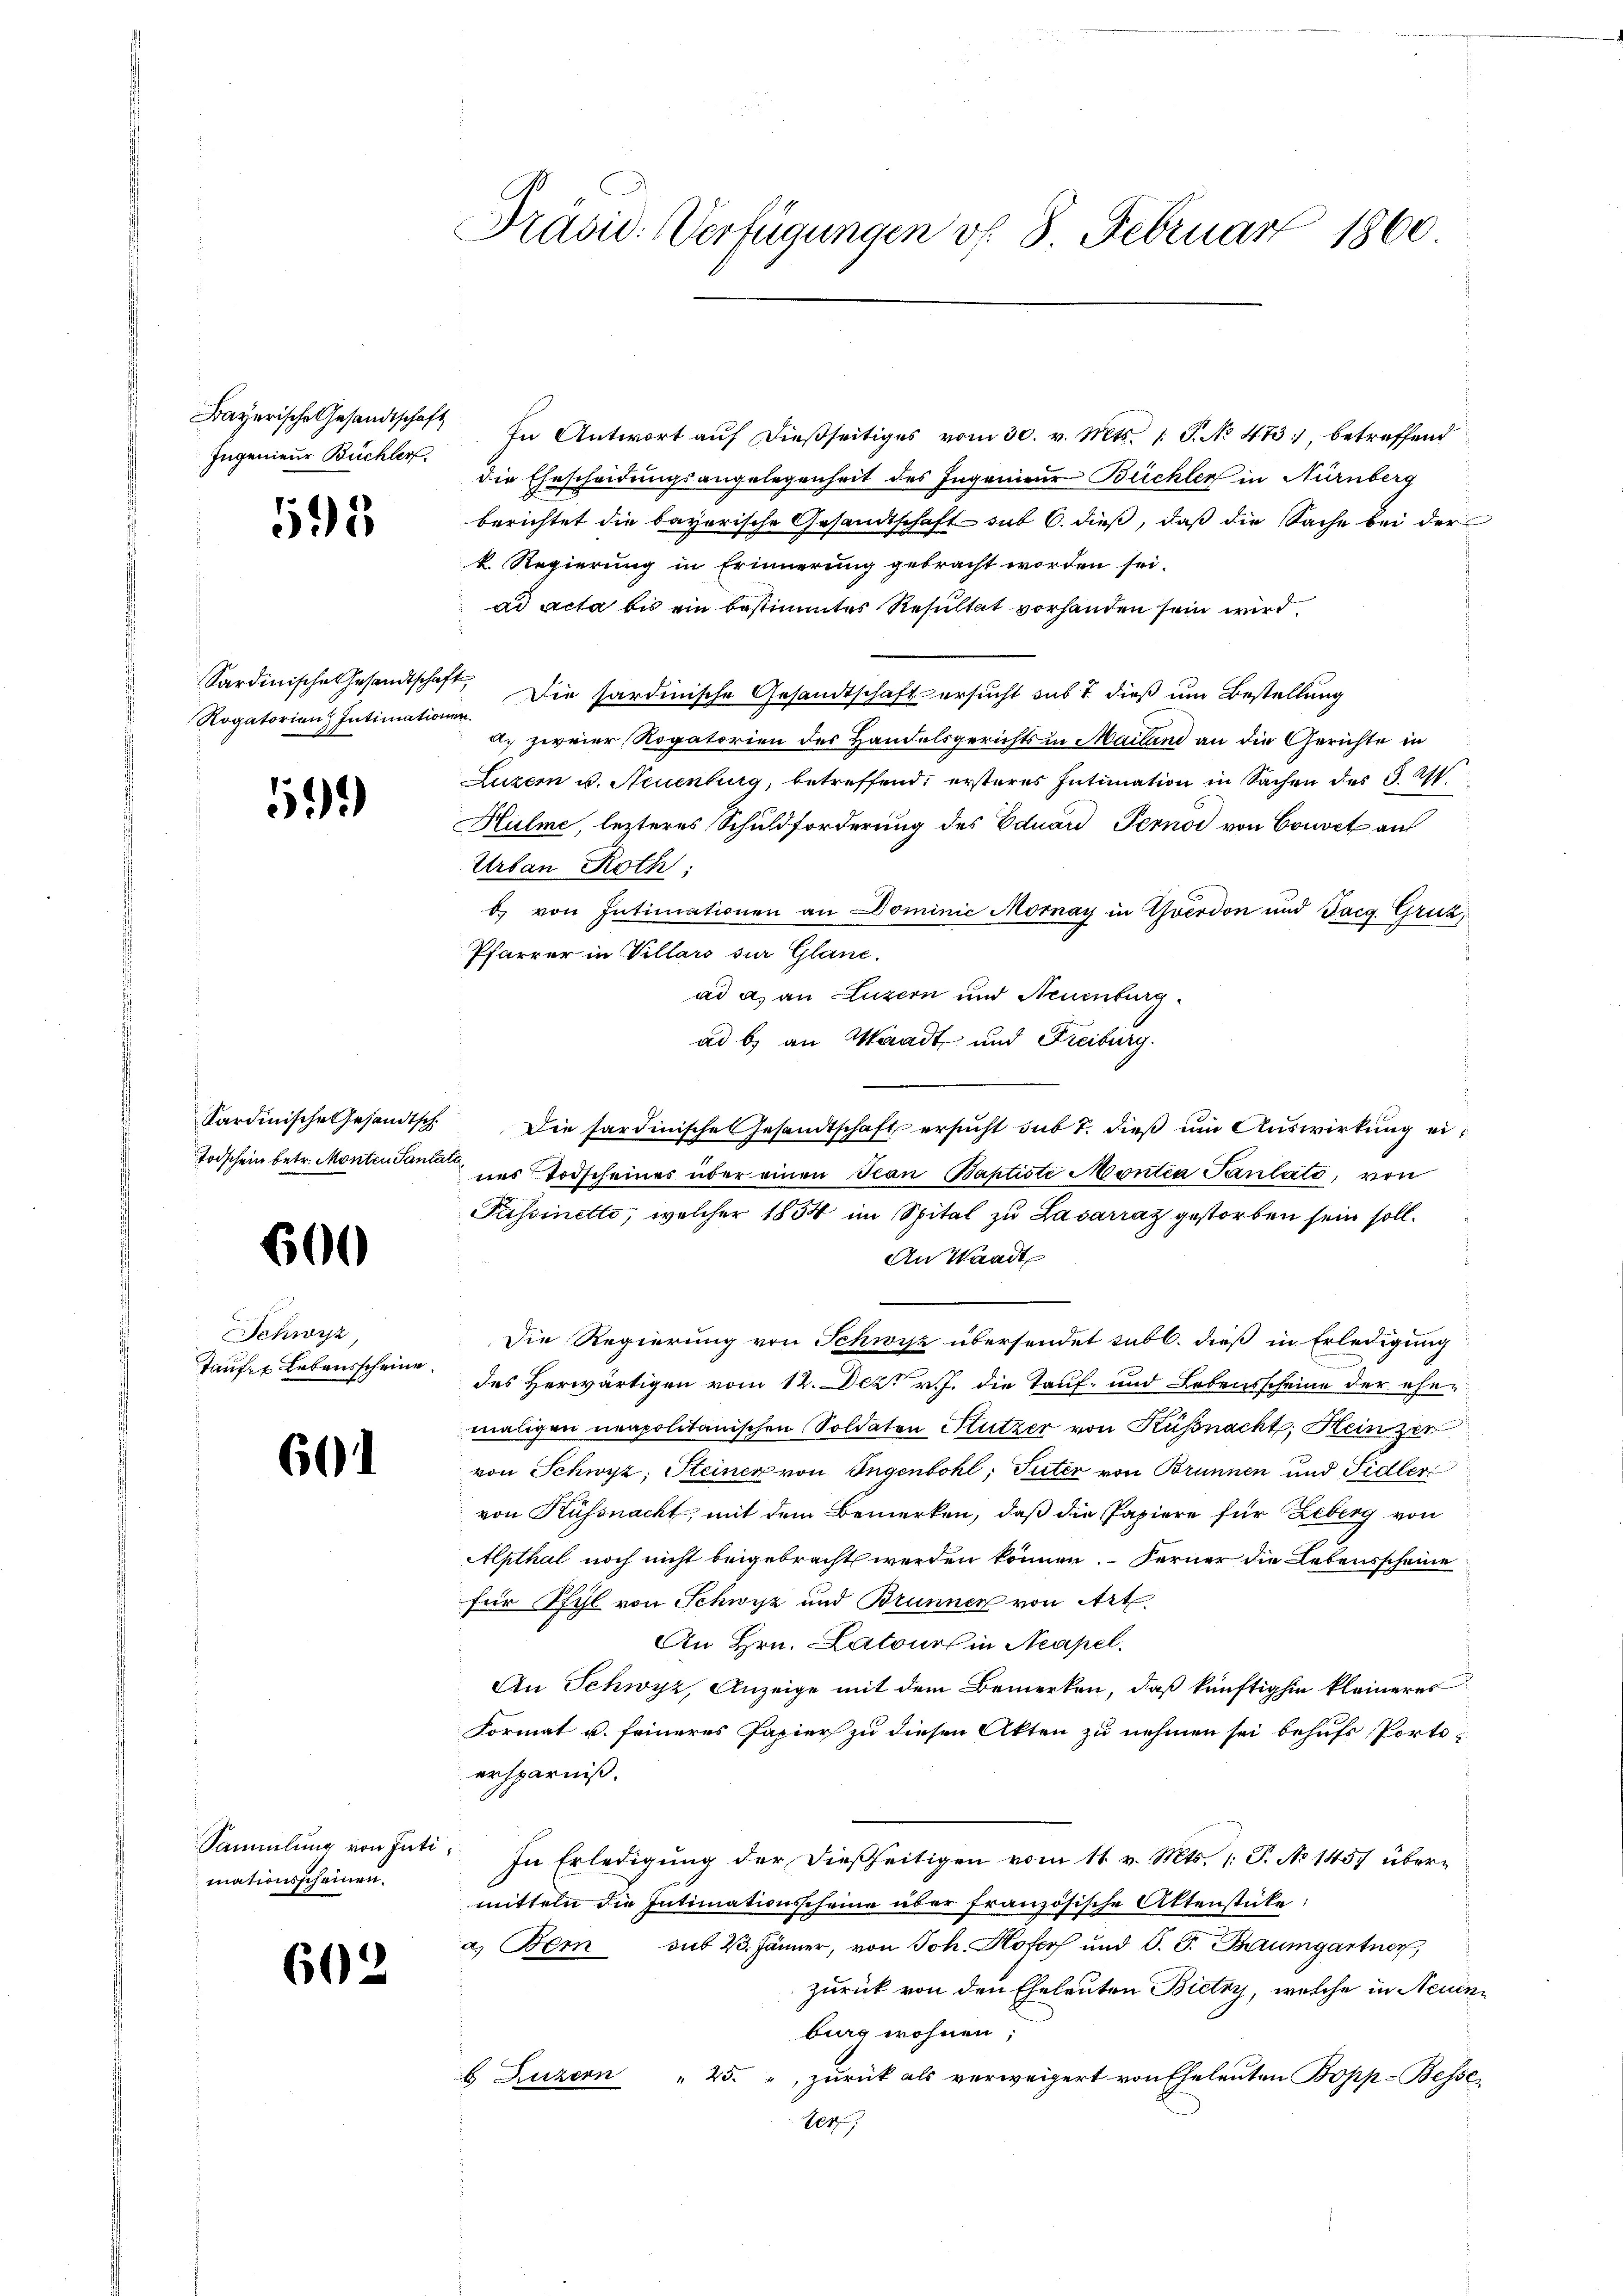
Ingenieur Büchler.

595

Sardinische Gesandtschaft,
Rogatorien Intimationen.

52)

600

Schwyz
Taufs Lebensscheine

601

mationsscheinen.

602

Präsid. Verfügungen v. 8. Februar 1860.

Bayerische Gesandtschaft In Antwort aŭf dießseitiges vom 30. v. Mts. 1. P. No 473, betreffend
die Ehescheidungsangelegenheit des Ingenieur Büchler in Nürnberg
berichtet die bayerische Gesandtschaft sub 6. dieß, daß die Sache bei der
k. Regierung in Erinnerung gebracht worden sei.
ad Acta bis ein bestimmtes Resultat vorhanden sein wird.
Die hardinische Gesandtschaft ersucht sub 7 dieß um Bestellung
a. zweier, Rogatorien des Handelsgerichts in Mailand an die Gerichte in
Luzern u. Neuenburg, betreffend, ersteres Intimation in Sachen des G. A
Hulme, lezteres Schuldforderung des Eduard Pernoc von Couvet au
Urban Roth;
b) von Intimationen an Dominić Mornay in Yverdon und Tacg. Gruz
Pfarrer in Villars zur Glane.
ad a) an Luzern und Neuenburg.
ad b) an Waadt und Freiburg.
Sardinische Gesandtsch. Die sardinische Gesandtschaft ersŭcht sub 7. dieβ ŭm Aŭswirkŭng ei¬
Todschein betr. Montendant des Todscheines über einen Jean Baptiste Montea Paulato, von
Passinetto, welcher 1854 im Spital zu Lasarraz gestorben sein soll.
An Waadt
Die Regierung von Schwisz übersendet subl. dieß in Erledigung
des Herwärtigen vom 12. Dez. v. J. die Tauf- und Lebensscheine der ehemaligen neapolitanischen Soldaten Stutzer von Küssnacht, Heinzer
von Schwyz, Steiner von Ingenbohl, Suter von Brunnen und Sidler
von Küssnacht, mit dem Bemerken, daß die Papiere für Leberg von
Alpthal noch nicht beigebracht werden können. Ferner die Lebensscheine
für Pfel von Schwyz und Brunner von Art.
An Hrn. Latours in Neapel.
An Schwyz, Anzeige mit dem Bemerken, daß künftighin kleineres
Format u. feineres Papiers zu diesen Akten zu nehmen sei behufs Portiersparniß.
Sammlung von hatt. In Erledigŭng der dießseitigen vom 11. v. Mts. 1. P. No 1457 übermitteln die Intimationsscheine über französische Aktenstücke:
a. Bem aus 23. Jänner, von Joh. Hofers und S. J. Baumgartner,
zurück von den Eheleuten Bietry, welche in Neuenbung wohnen;
b. Luzern " 25. " zurück als verweigert von Eheleuten Bopp-Besse,
14